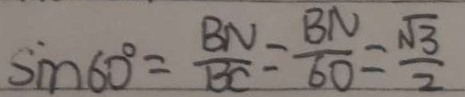
\sin 6 0 ^ { \circ } = \frac { B N } { B C } = \frac { B N } { 6 0 } = \frac { \sqrt { 3 } } { 2 }